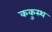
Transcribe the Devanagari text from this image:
ककुस्थ